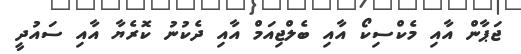
ޖަޕާން އާއި މެކްސިކޯ އާއި ބެލްޖިއަމް އާއި ދެކުނު ކޮރެޔާ އާއި ސައުދީ